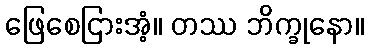
ဖြေစေငြားအံ့။ တဿ ဘိက္ခုနော။